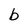
Character: b